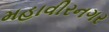
મહાવીરનગર